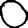
Digit: 0